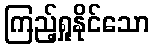
ကြည့်ရှုနိုင်သော